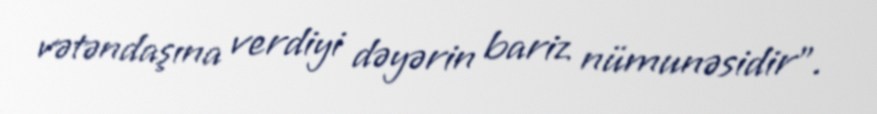
vətəndaşına verdiyi dəyərin bariz nümunəsidir”.